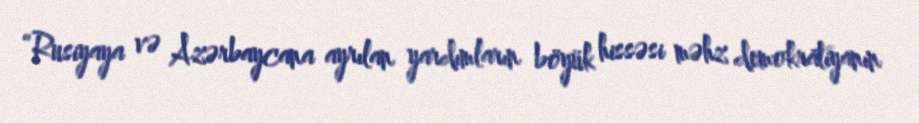
“Rusiyaya və Azərbaycana ayrılan yardımların böyük hissəsi məhz demokratiyanın